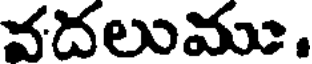
వదలుము.